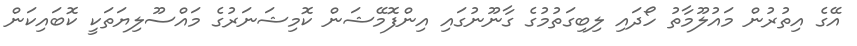
އޭގެ އިތުރުން މައުލޫމާތު ހޯދައި ލިބިގަތުމުގެ ގާނޫނުގައި އިންފޮމޭޝަން ކޮމިޝަނަރުގެ މައްސޫލިޔަތަކީ ކޮބައިކަން